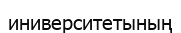
иниверситетының